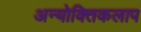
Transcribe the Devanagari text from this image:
अन्योक्तिकलाप